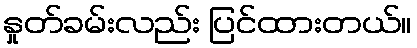
နှုတ်ခမ်းလည်း ပြင်ထားတယ်။